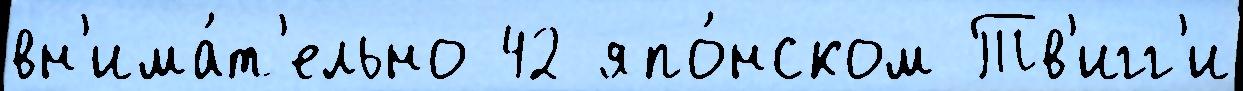
вн'има́т'ельно 42 япо́нском Тв'игг'и